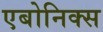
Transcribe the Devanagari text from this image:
एबोनिक्स